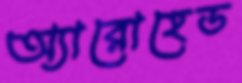
অ্যারোহেড